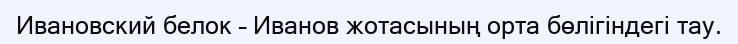
Ивановский белок – Иванов жотасының орта бөлігіндегі тау.